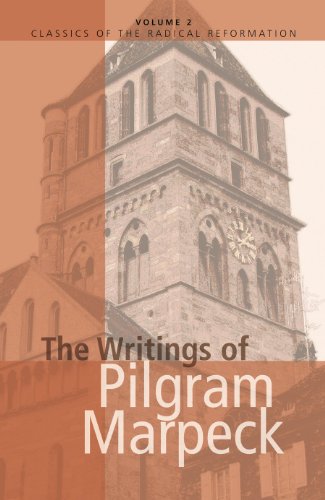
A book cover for The Writings of Pilgram Marpeck (Classics of the Radical Reformation); Pilgram Marbeck; Christian Books & Bibles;